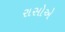
રાસોએ